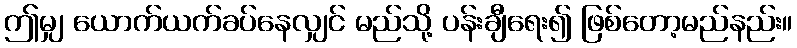
ဤမျှ ယောက်ယက်ခပ်နေလျှင် မည်သို့ ပန်းချီရေး၍ ဖြစ်တော့မည်နည်း။